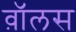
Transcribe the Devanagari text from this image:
व़ाॅलस